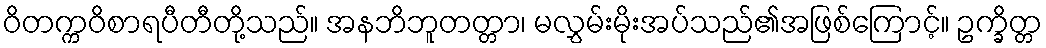
ဝိတက္ကဝိစာရပီတီတို့သည်။ အနဘိဘူတတ္တာ၊ မလွှမ်းမိုးအပ်သည်၏အဖြစ်ကြောင့်။ ဥက္ခိတ္တ